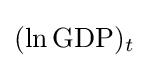
(\ln {\text{GDP}})_{t}